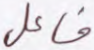
فاعل